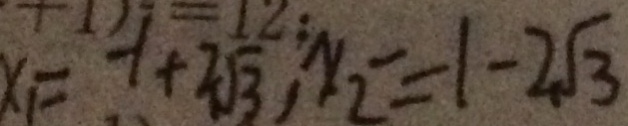
x _ { 1 } = - 1 + 2 \sqrt { 3 } , x _ { 2 } = - 1 - 2 \sqrt { 3 }